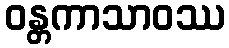
ဝန္တကာသာဝဿ